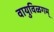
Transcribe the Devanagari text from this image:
वायुविळगम्